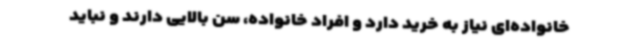
خانواده‌ای نیاز به خرید دارد و افراد خانواده، سن بالایی دارند و نباید